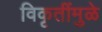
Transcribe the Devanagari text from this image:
विकृतींमुळे